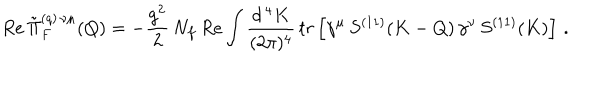
LaTeX: R e \, \tilde { \Pi } _ { F } ^ { ( q ) \, \nu \mu } ( Q ) = - \frac { g ^ { 2 } } { 2 } \, N _ { f } \, R e \int \frac { d ^ { \, 4 } K } { ( 2 \pi ) ^ { 4 } } \, t r \left[ \gamma ^ { \mu } \, S ^ { ( 1 1 ) } ( K - Q ) \, \gamma ^ { \nu } \, S ^ { ( 1 1 ) } ( K ) \right] \, .